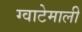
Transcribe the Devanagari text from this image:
ग्वाटेमाली